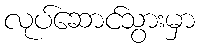
လုပ်ဆောင်သွားမှာ